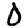
Digit: 0